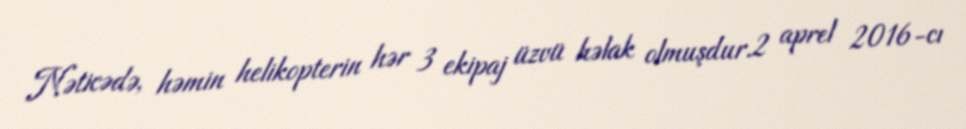
Nəticədə, həmin helikopterin hər 3 ekipaj üzvü həlak olmuşdur.2 aprel 2016-cı